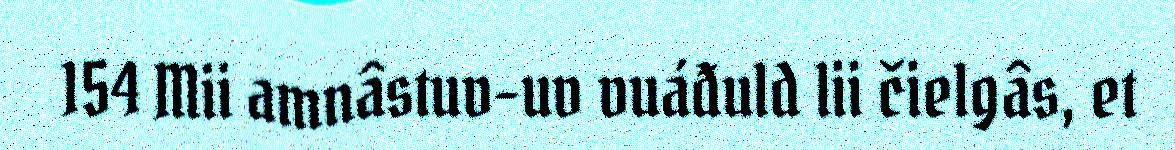
154 Mii amnâstuv-uv vuáđuld lii čielgâs, et